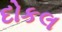
દોકલ